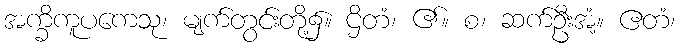
အက္ခိကူပကေသု၊ မျက်တွင်းတို့၌။ ဌိတံ၊ ၏။ စ၊ ဆက်ဦးအံ့။ ဧတံ၊